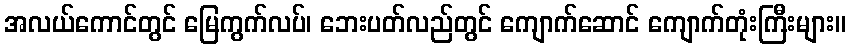
အလယ်ကောင်တွင် မြေကွက်လပ်၊ ဘေးပတ်လည်တွင် ကျောက်ဆောင် ကျောက်တုံးကြီးများ။